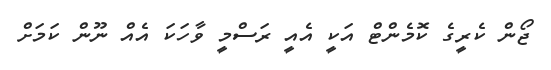
ޖޯން ކެރީގެ ކޮމެންޓް އަކީ އެއީ ރަސްމީ ވާހަކަ އެއް ނޫން ކަމަށް